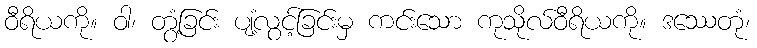
ဝီရိယကို။ ဝါ၊ တွံ့ခြင်း ပျံ့လွင့်ခြင်းမှ ကင်းသော ကုသိုလ်ဝီရိယကို။ ဒဿေတုံ၊